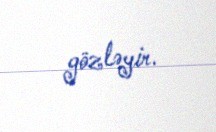
gözləyir.